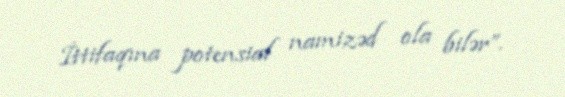
İttifaqına potensial namizəd ola bilər”.